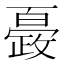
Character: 𭤍